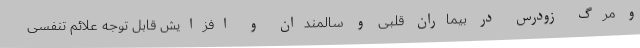
و مرگ زودرس در بیماران قلبی و سالمندان و افزایش قابل توجه علائم تنفسی